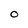
Character: O